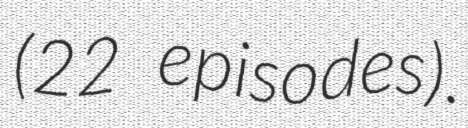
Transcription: (22 episodes).